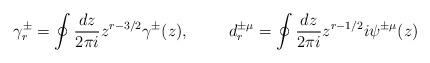
LaTeX: \begin{align*}\gamma_r^{\pm} = \oint \frac{dz}{2\pi i} z^{r-3/2} \gamma^{\pm} (z), \hspace{1cm}d_r^{\pm\mu} = \oint \frac{dz}{2\pi i} z^{r-1/2} i \psi^{\pm\mu} (z)\end{align*}